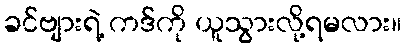
ခင်ဗျားရဲ့ ကဒ်ကို ယူသွားလို့ရမလား။